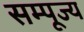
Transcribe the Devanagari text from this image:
सम्पूज्य